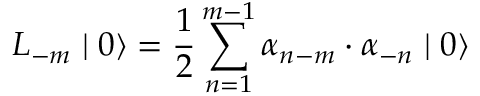
L _ { - m } \mid 0 \rangle = \frac { 1 } { 2 } \sum _ { n = 1 } ^ { m - 1 } { \alpha } _ { n - m } \cdot { \alpha } _ { - n } \mid 0 \rangle